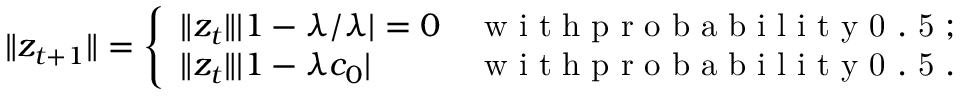
\| z _ { t + 1 } \| = \left\{ \begin{array} { l l } { \| z _ { t } \| | 1 - \lambda / \lambda | = 0 } & { \mathrm { ~ w ~ i ~ t ~ h ~ p ~ r ~ o ~ b ~ a ~ b ~ i ~ l ~ i ~ t ~ y ~ 0 ~ . ~ 5 ~ } ; } \\ { \| z _ { t } \| | 1 - \lambda c _ { 0 } | } & { \mathrm { ~ w ~ i ~ t ~ h ~ p ~ r ~ o ~ b ~ a ~ b ~ i ~ l ~ i ~ t ~ y ~ 0 ~ . ~ 5 ~ } . } \end{array} \right.